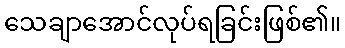
သေချာအောင်လုပ်ရခြင်းဖြစ်၏။